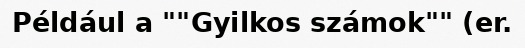
Például a ""Gyilkos számok"" (er.